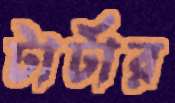
টার্টার